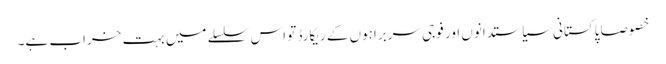
خصوصا پاکستانی سیاستدانوں اور فوجی سربراہوں کے ریکارڈ تو اس سلسلے میں بہت خراب ہے۔